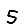
Digit: 5